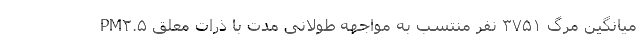
میانگین مرگ ۳۷۵۱ نفر منتسب به مواجهه طولانی مدت با ذرات معلق PM۲.۵